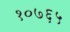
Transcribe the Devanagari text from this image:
१०७६५